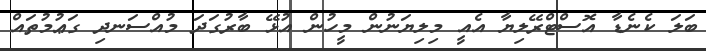
ބަލަ ކެނެޑާ އޮސްޓްރޭލިޔާ އެއީ މިލިޔަނުން މީހުން އުޅޭ ބާރުގަދަ މުއްސަނދި ގަޢުމުތައް